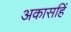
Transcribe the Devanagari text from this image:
अकासहिं